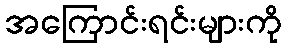
အကြောင်းရင်းများကို